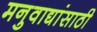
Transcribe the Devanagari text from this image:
मनुवाद्यांसाठी